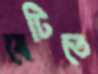
বেটিতে